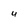
Character: 4